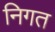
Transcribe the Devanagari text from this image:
निगत